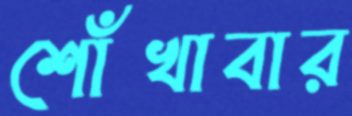
শোঁখাবার